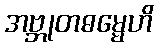
အဗ္ဘုတဓမ္မေဟိ